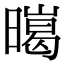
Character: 㬞